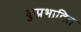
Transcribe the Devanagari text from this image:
कुप्रभावित